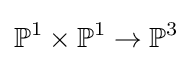
\mathbb {P} ^{1}\times \mathbb {P} ^{1}\to \mathbb {P} ^{3}